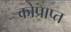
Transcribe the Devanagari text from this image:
कोप्राप्त